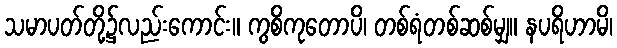
သမာပတ်တို့၌လည်းကောင်း။ ကွစိကုတောပိ၊ တစ်ရံတစ်ဆစ်မျှ။ နပရိဟာမိ၊